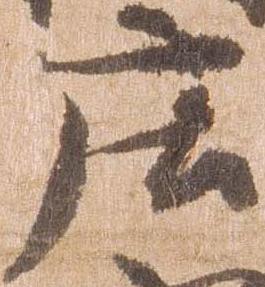
庄